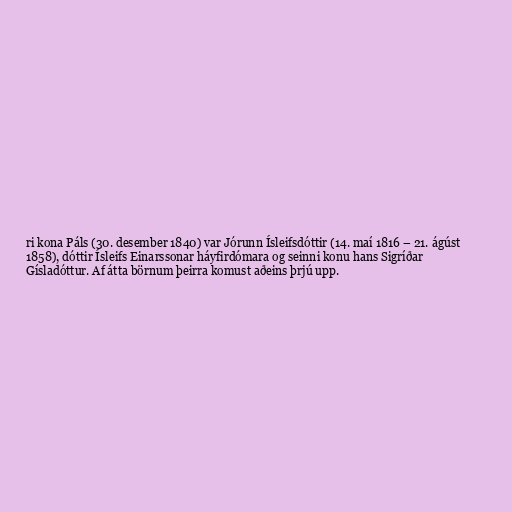
ri kona Páls (30. desember 1840) var Jórunn Ísleifsdóttir (14. maí 1816 – 21. ágúst
1858), dóttir Ísleifs Einarssonar háyfirdómara og seinni konu hans Sigríðar
Gísladóttur. Af átta börnum þeirra komust aðeins þrjú upp.